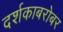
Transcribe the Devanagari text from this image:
दर्शकाबरोबर